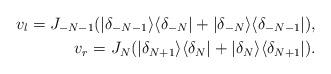
LaTeX: \begin{align*}v_l = J_{-N - 1} ( \vert \delta_{- N - 1} \rangle \langle \delta_{-N} \vert + \vert \delta_{- N} \rangle \langle \delta_{-N-1} \vert ), \\v_r = J_{N} ( \vert \delta_{N +1} \rangle \langle \delta_{N} \vert + \vert \delta_{N} \rangle \langle \delta_{N+1} \vert ).\end{align*}